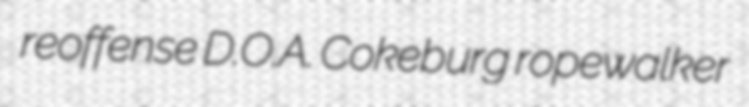
reoffense D.O.A. Cokeburg ropewalker